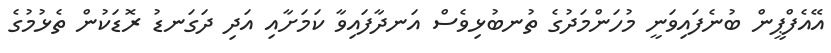
އޭއެފްޕީން ބުނެފައިވަނީ މުހަންމަދުގެ ތުނބުޅިވެސް އަނދާފައިވާ ކަމަށާއި އަދި ދަގަނޑު ރޮޑަކުން ތެޅުމުގެ